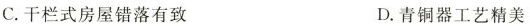
C.干栏式房屋错落有致 D.青铜器工艺精美